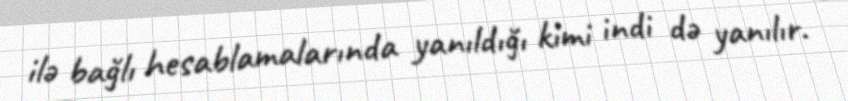
ilə bağlı hesablamalarında yanıldığı kimi indi də yanılır.